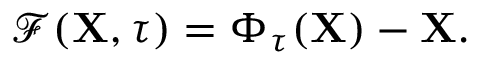
\mathcal { F } ( \mathbf { X } , \tau ) = \boldsymbol { \Phi } _ { \tau } ( \mathbf { X } ) - \mathbf { X } .